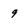
Character: 9